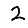
Digit: 2